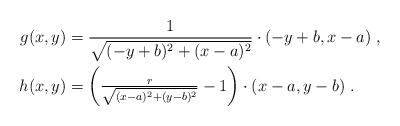
LaTeX: \begin{align*}g(x,y)&=\frac{1}{\sqrt{(-y+b)^2+(x-a)^2}}\cdot (-y+b,x-a)\;,\\h(x,y)&= \left(\tfrac{r}{\sqrt{(x-a)^2+(y-b)^2}}-1\right)\cdot (x-a,y-b)\;.\end{align*}